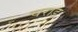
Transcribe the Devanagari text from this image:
चराड